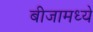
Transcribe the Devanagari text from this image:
बीजामध्ये